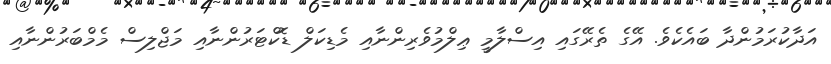
އަދާކުރަމުންދާ ބައެކެވެ. އޭގެ ތެރޭގައި އިސްލާމީ ޢިލްމުވެރިންނާއި މެޑިކަލް ޑޮކްޓަރުންނާއި މަޖްލިސް މެމްބަރުންނާއި